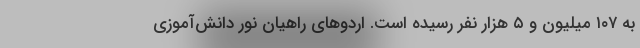
به ۱۰۷ میلیون و ۵ هزار نفر رسیده است. اردوهای راهیان ‌نور دانش‌آموزی